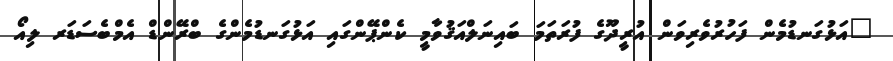
"އަޅުގަނޑުމެން ފަހުރުވެރިވަން އުރީދޫގެ ފުރަތަމަ ބައިނަލްއަޤުވާމީ ކެންޕޭންގައި އަޅުގަނޑުމެންގެ ބްރޭންޑް އެމްބެސަޑަރ ލިއޯ